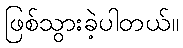
ဖြစ်သွားခဲ့ပါတယ်။